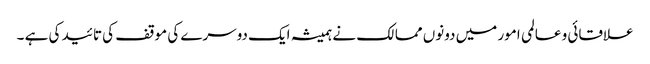
علاقائی و عالمی امور میں دونوں ممالک نے ہمیشہ ایک دوسرے کی موقف کی تائید کی ہے ۔